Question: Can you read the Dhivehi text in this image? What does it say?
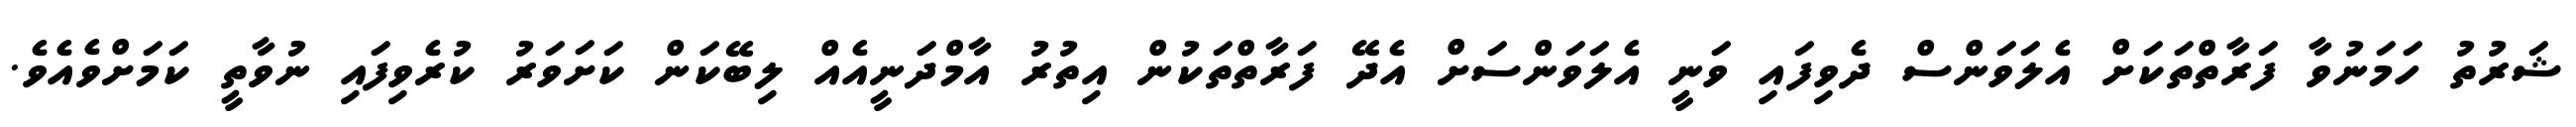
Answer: ޝަރުތު ހަމަނުވާ ފަރާތްތަކަށް އެލަވަންސް ދެވިފައި ވަނީ އެލަވަންސަށް އެދޭ ފަރާތްތަކުން އިތުރު އާމްދަނީއެއް ލިބޭކަން ކަށަވަރު ކުރެވިފައި ނުވާތީ ކަމަށްވެއެވެ.